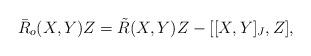
LaTeX: \begin{align*} \bar{R}_o(X,Y)Z=\tilde{R}(X,Y)Z-[[X,Y]_{J},Z],\end{align*}